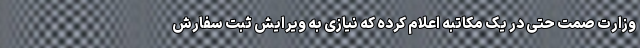
وزارت صمت حتی در یک مکاتبه اعلام کرده که نیازی به ویرایش ثبت سفارش